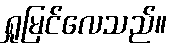
ရှုမြင်လေသည်။